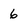
Character: 6